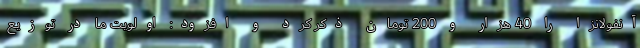
آنفولانزا را 40 هزار و 200 تومان ذکر کرد و افزود: اولویت ما در توزیع